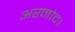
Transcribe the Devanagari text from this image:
अरनोद।